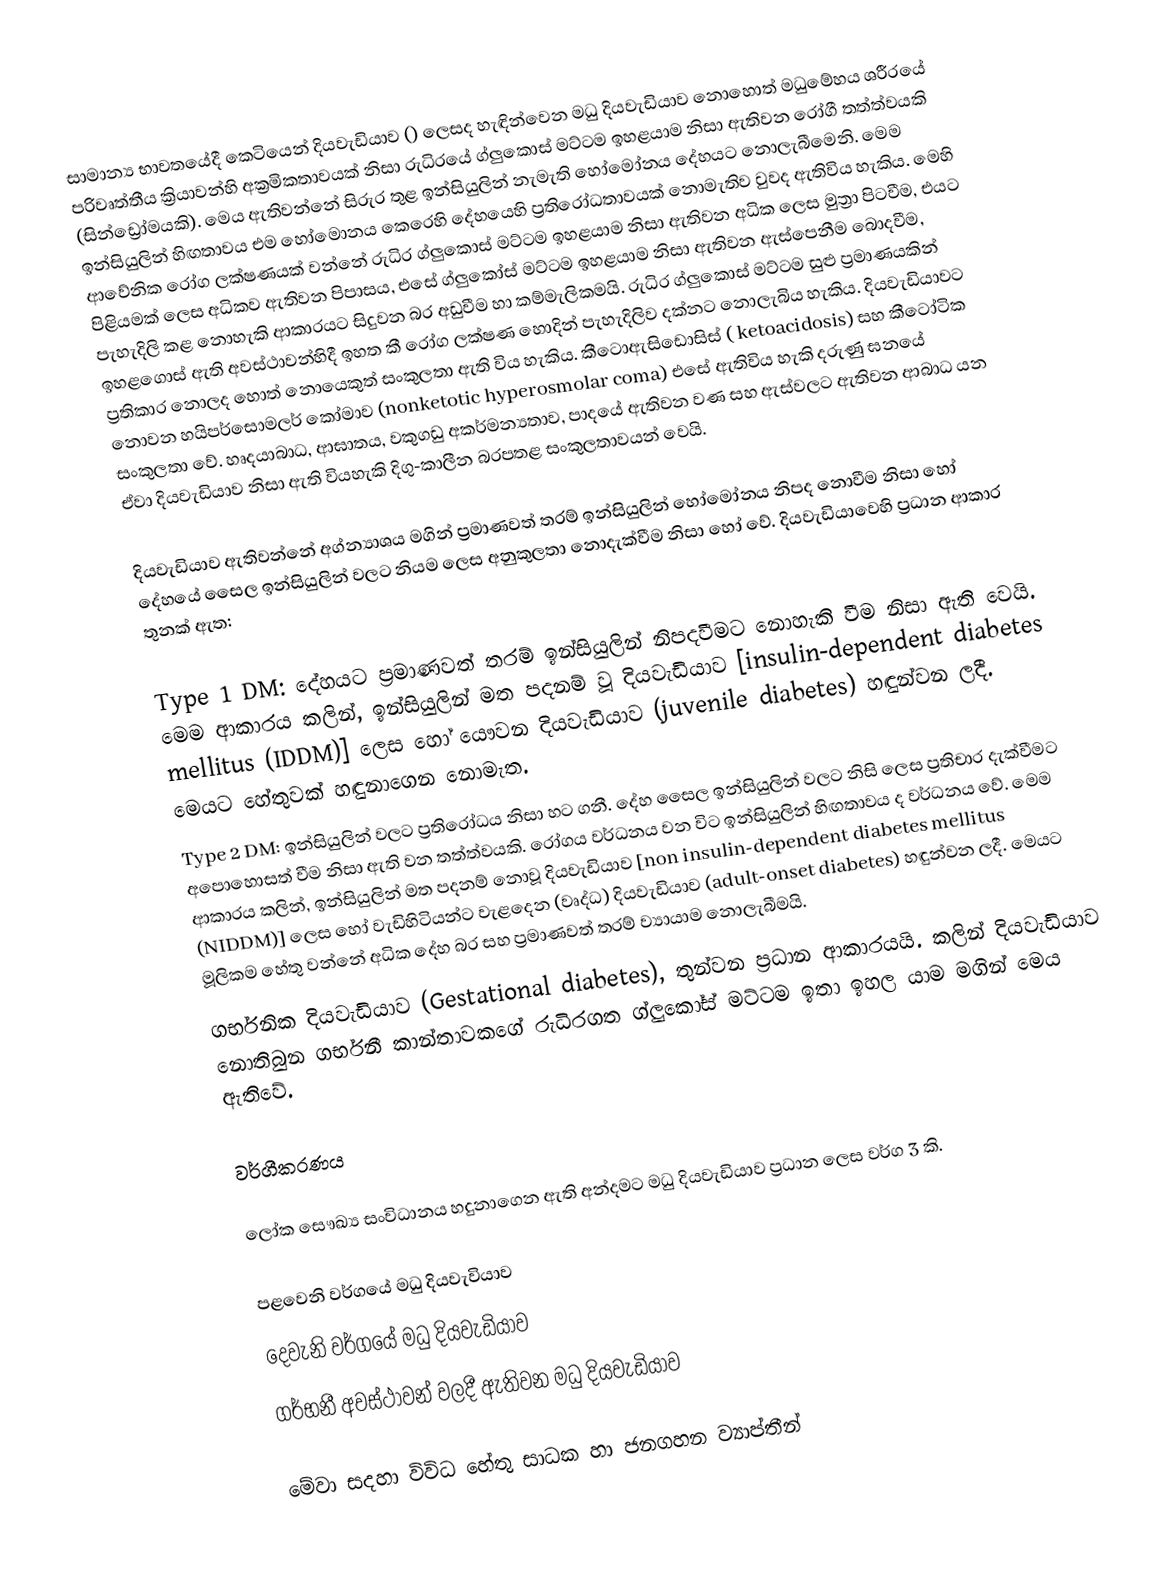
සාමාන්‍ය භාවතයේදී කෙටියෙන් දියවැඩියාව () ලෙසද හැඳින්වෙන මධු දියවැඩියාව නොහොත් මධුමේහය ශරීරයේ පරිවෘත්තීය ක්‍රියාවන්හි අක්‍රමිකතාවයක් නිසා රුධිරයේ ග්ලුකොස් මට්ටම ඉහළයාම නිසා ඇතිවන රෝගී තත්ත්වයකි (සින්ඩ්‍රෝමයකි). මෙය ඇතිවන්නේ සිරුර තුළ ඉන්සියුලින් නැමැති හෝමෝනය දේහයට නොලැබීමෙනි. මෙම ඉන්සියුලින් හිඟතාවය එම හෝමොනය කෙරෙහි දේහයෙහි ප්‍රතිරෝධතාවයක් නොමැතිව වුවද ඇතිවිය හැකිය. මෙහි ආවේනික රෝග ලක්ෂණයක් වන්නේ රුධිර ග්ලුකොස් මට්ටම ඉහළයාම නිසා ඇතිවන අධික ලෙස මුත්‍රා පිටවීම, එයට පිළියමක් ලෙස අධිකව ඇතිවන පිපාසය, එසේ ග්ලුකෝස් මට්ටම ඉහළයාම නිසා ඇතිවන ඇස්පෙනීම බොදවීම, පැහැදිලි කළ නොහැකි ආකාරයට සිදුවන බර අඩුවීම හා කම්මැලිකමයි. රුධිර ග්ලුකොස් මට්ටම සුළු ප්‍රමාණයකින් ඉහළගොස් ඇති අවස්ථාවන්හිදී ඉහත කී රෝග ලක්ෂණ හොදින් පැහැදිලිව දක්නට නොලැබිය හැකිය. දියවැඩියාවට ප්‍රතිකාර නොලද හොත් නොයෙකුත් සංකුලතා ඇති විය හැකිය. කීටොඇසිඩොසිස් ( ketoacidosis) සහ කීටෝටික නොවන හයිපර්සොමලර් කෝමාව (nonketotic hyperosmolar coma) එසේ ඇතිවිය හැකි දරුණු ඝනයේ සංකුලතා වේ. හෘදයාබාධ, ආඝාතය, වකුගඩු අකර්මන්‍යතාව, පාදයේ ඇතිවන වණ සහ ඇස්වලට ඇතිවන ආබාධ යන ඒවා දියවැඩියාව නිසා ඇති වියහැකි දිගු-කාලීන බරපතළ සංකුලතාවයන් වෙයි.

දියවැඩියාව ඇතිවන්නේ අග්න්‍යාශය මගින් ප්‍රමාණවත් තරම් ඉන්සියුලින් හෝමෝනය නිපද නොවීම නිසා හෝ දේහයේ සෛල ඉන්සියුලින් වලට නියම ලෙස අනුකුලතා නොදැක්වීම නිසා හෝ වේ. දියවැඩියාවෙහි ප්‍රධාන ආකාර තුනක් ඇත:

Type 1 DM: දේහයට ප්‍රමාණවත් තරම් ඉන්සියුලින් නිපදවීමට නොහැකි වීම නිසා ඇති වෙයි. මෙම ආකාරය කලින්, ඉන්සියුලින් මත පදනම් වූ දියවැඩියාව [insulin-dependent diabetes mellitus (IDDM)] ලෙස හෝ යෞවන දියවැඩියාව (juvenile diabetes) හඳුන්වන ලදී. මෙයට හේතුවක් හඳුනාගෙන නොමැත.
Type 2 DM: ඉන්සියුලින් වලට ප්‍රතිරෝධය නිසා හට ගනී. දේහ සෛල ඉන්සියුලින් වලට නිසි ලෙස ප්‍රතිචාර දැක්වීමට අපොහොසත් වීම නිසා ඇති වන තත්ත්වයකි. රෝගය වර්ධනය වන විට ඉන්සියුලින් හිඟතාවය ද වර්ධනය වේ. මෙම ආකාරය කලින්, ඉන්සියුලින් මත පදනම් නොවූ දියවැඩියාව [non insulin-dependent diabetes mellitus (NIDDM)] ලෙස හෝ වැඩිහිටියන්ට වැළදෙන (වෘද්ධ) දියවැඩියාව (adult-onset diabetes) හඳුන්වන ලදී. මෙයට මූලිකම හේතු වන්නේ අධික දේහ බර සහ ප්‍රමාණවත් තරම් ව්‍යායාම නොලැබීමයි.
ගර්භනික දියවැඩියාව (Gestational diabetes), තුන්වන ප්‍රධාන ආකාරයයි. කලින් දියවැඩියාව නොතිබුන ගර්භනී කාන්තාවකගේ රුධිරගත ග්ලුකෝස් මට්ටම ඉතා ඉහල යාම මගින් මෙය ඇතිවේ.

වර්ගීකරණය

ලෝක සෞඛ්‍ය සංවිධානය හදුනාගෙන ඇති අන්දමට මධු දියවැඩියාව ප්‍රධාන ලෙස වර්ග 3 කි.

පළවෙනි වර්ගයේ මධු දියවැවියාව
දෙවැනි වර්ගයේ මධු දියවැඩියාව
ගර්භනී අවස්ථාවන් වලදී ඇතිවන මධු දියවැඩියාව

මේවා සදහා විවිධ හේතු සාධක හා ජනගහන ව්‍යාප්තීන්